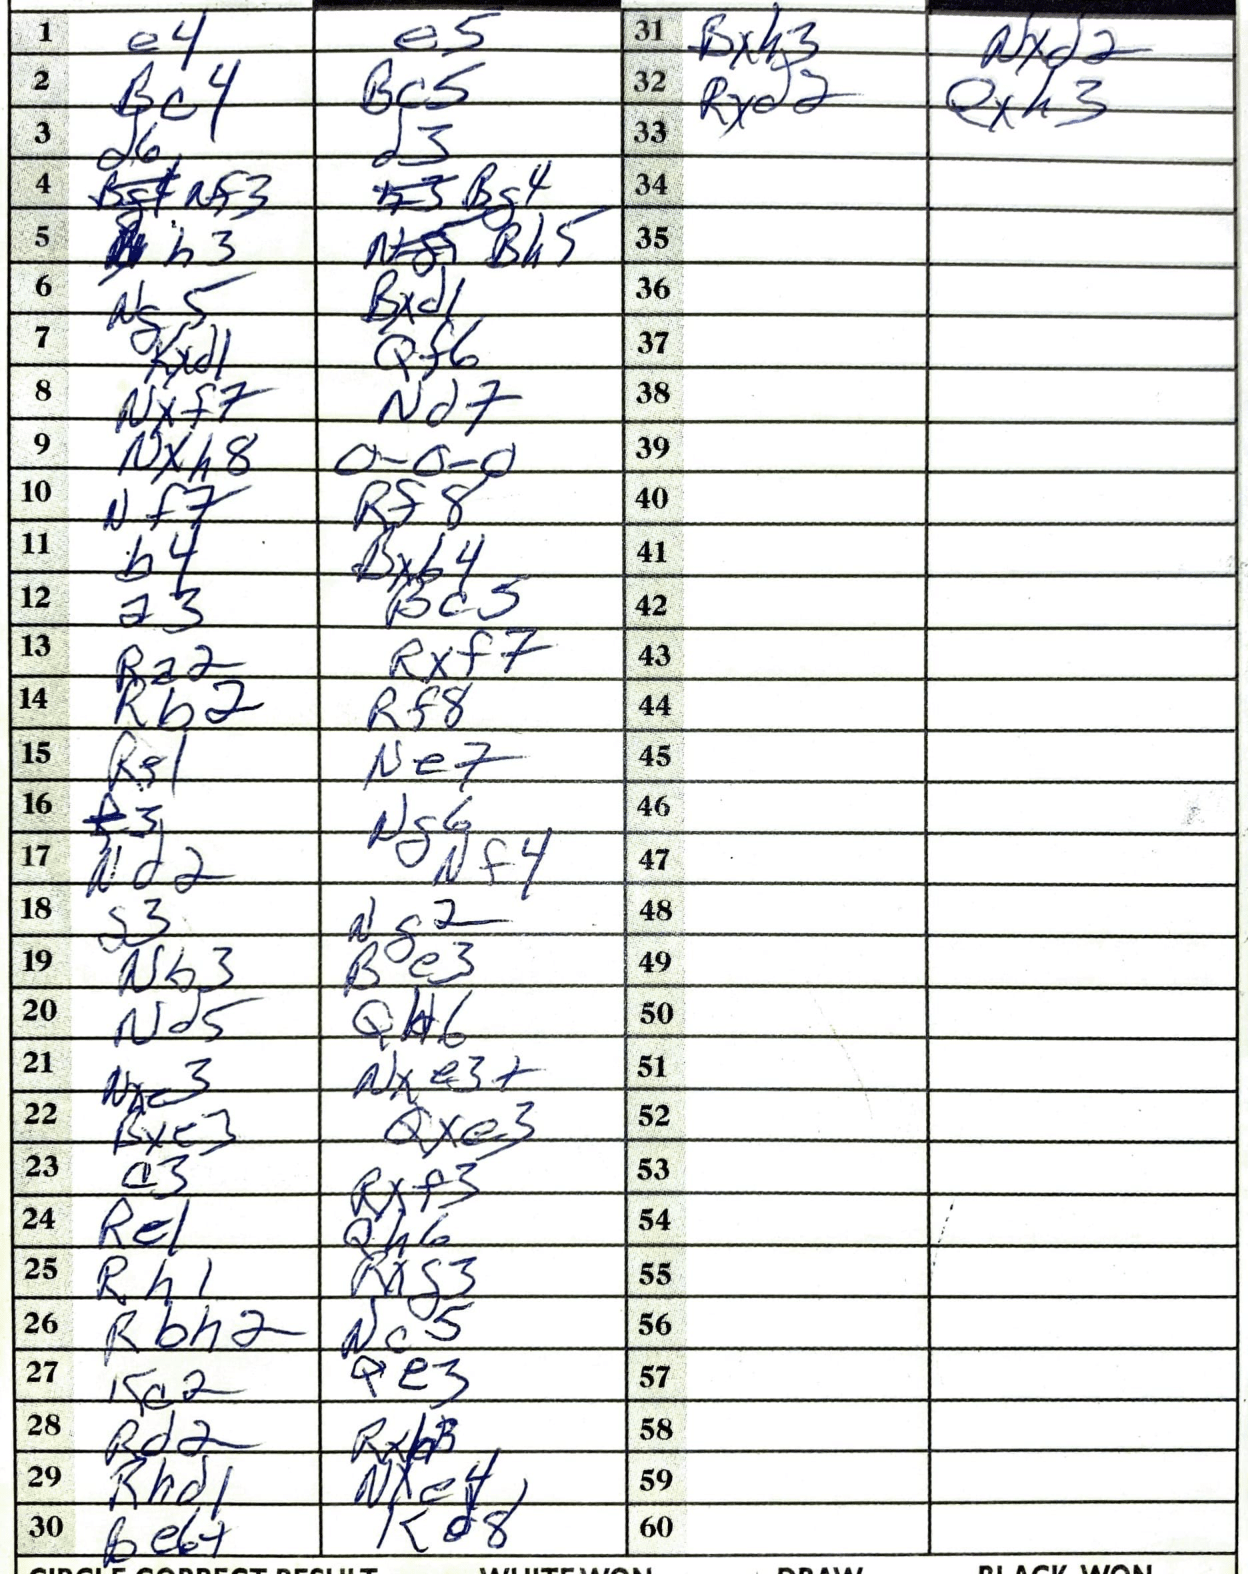
Moves: e4 e5 Bc4 Bc5 d6 d3 Nf3 Bg4 h3 Bh5 Ng5 Bxd1 Kxd1 Qf6 Nxf7 Nd7 Nxh8 O-O-O Nf7 Rf8 b4 Bxb4 a3 Bc5 Ra2 Rxf7 Rb2 Rf8 Rg1 Ne7 f3 Ng6 Nd2 Nf4 Nd5 Qh6 Nb3 Be3 Nd5 Qh6 Nxe3 Nxe3+ Bxe3 Qxe3 a3 Rxf3 Re1 Qh6 Rh1 Rxg3 Rbh2 Nc5 Kc2 Qe3 Rd2 Rxh3 Rhd1 Nxe4 Be6+ Kd8 Bxh3 Nxd2 Rxd2 Qxh3